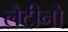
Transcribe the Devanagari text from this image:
लैटीनो